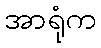
အာရုံက